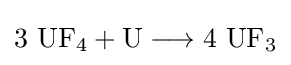
\mathrm {3\ UF_{4}+U\longrightarrow 4\ UF_{3}}